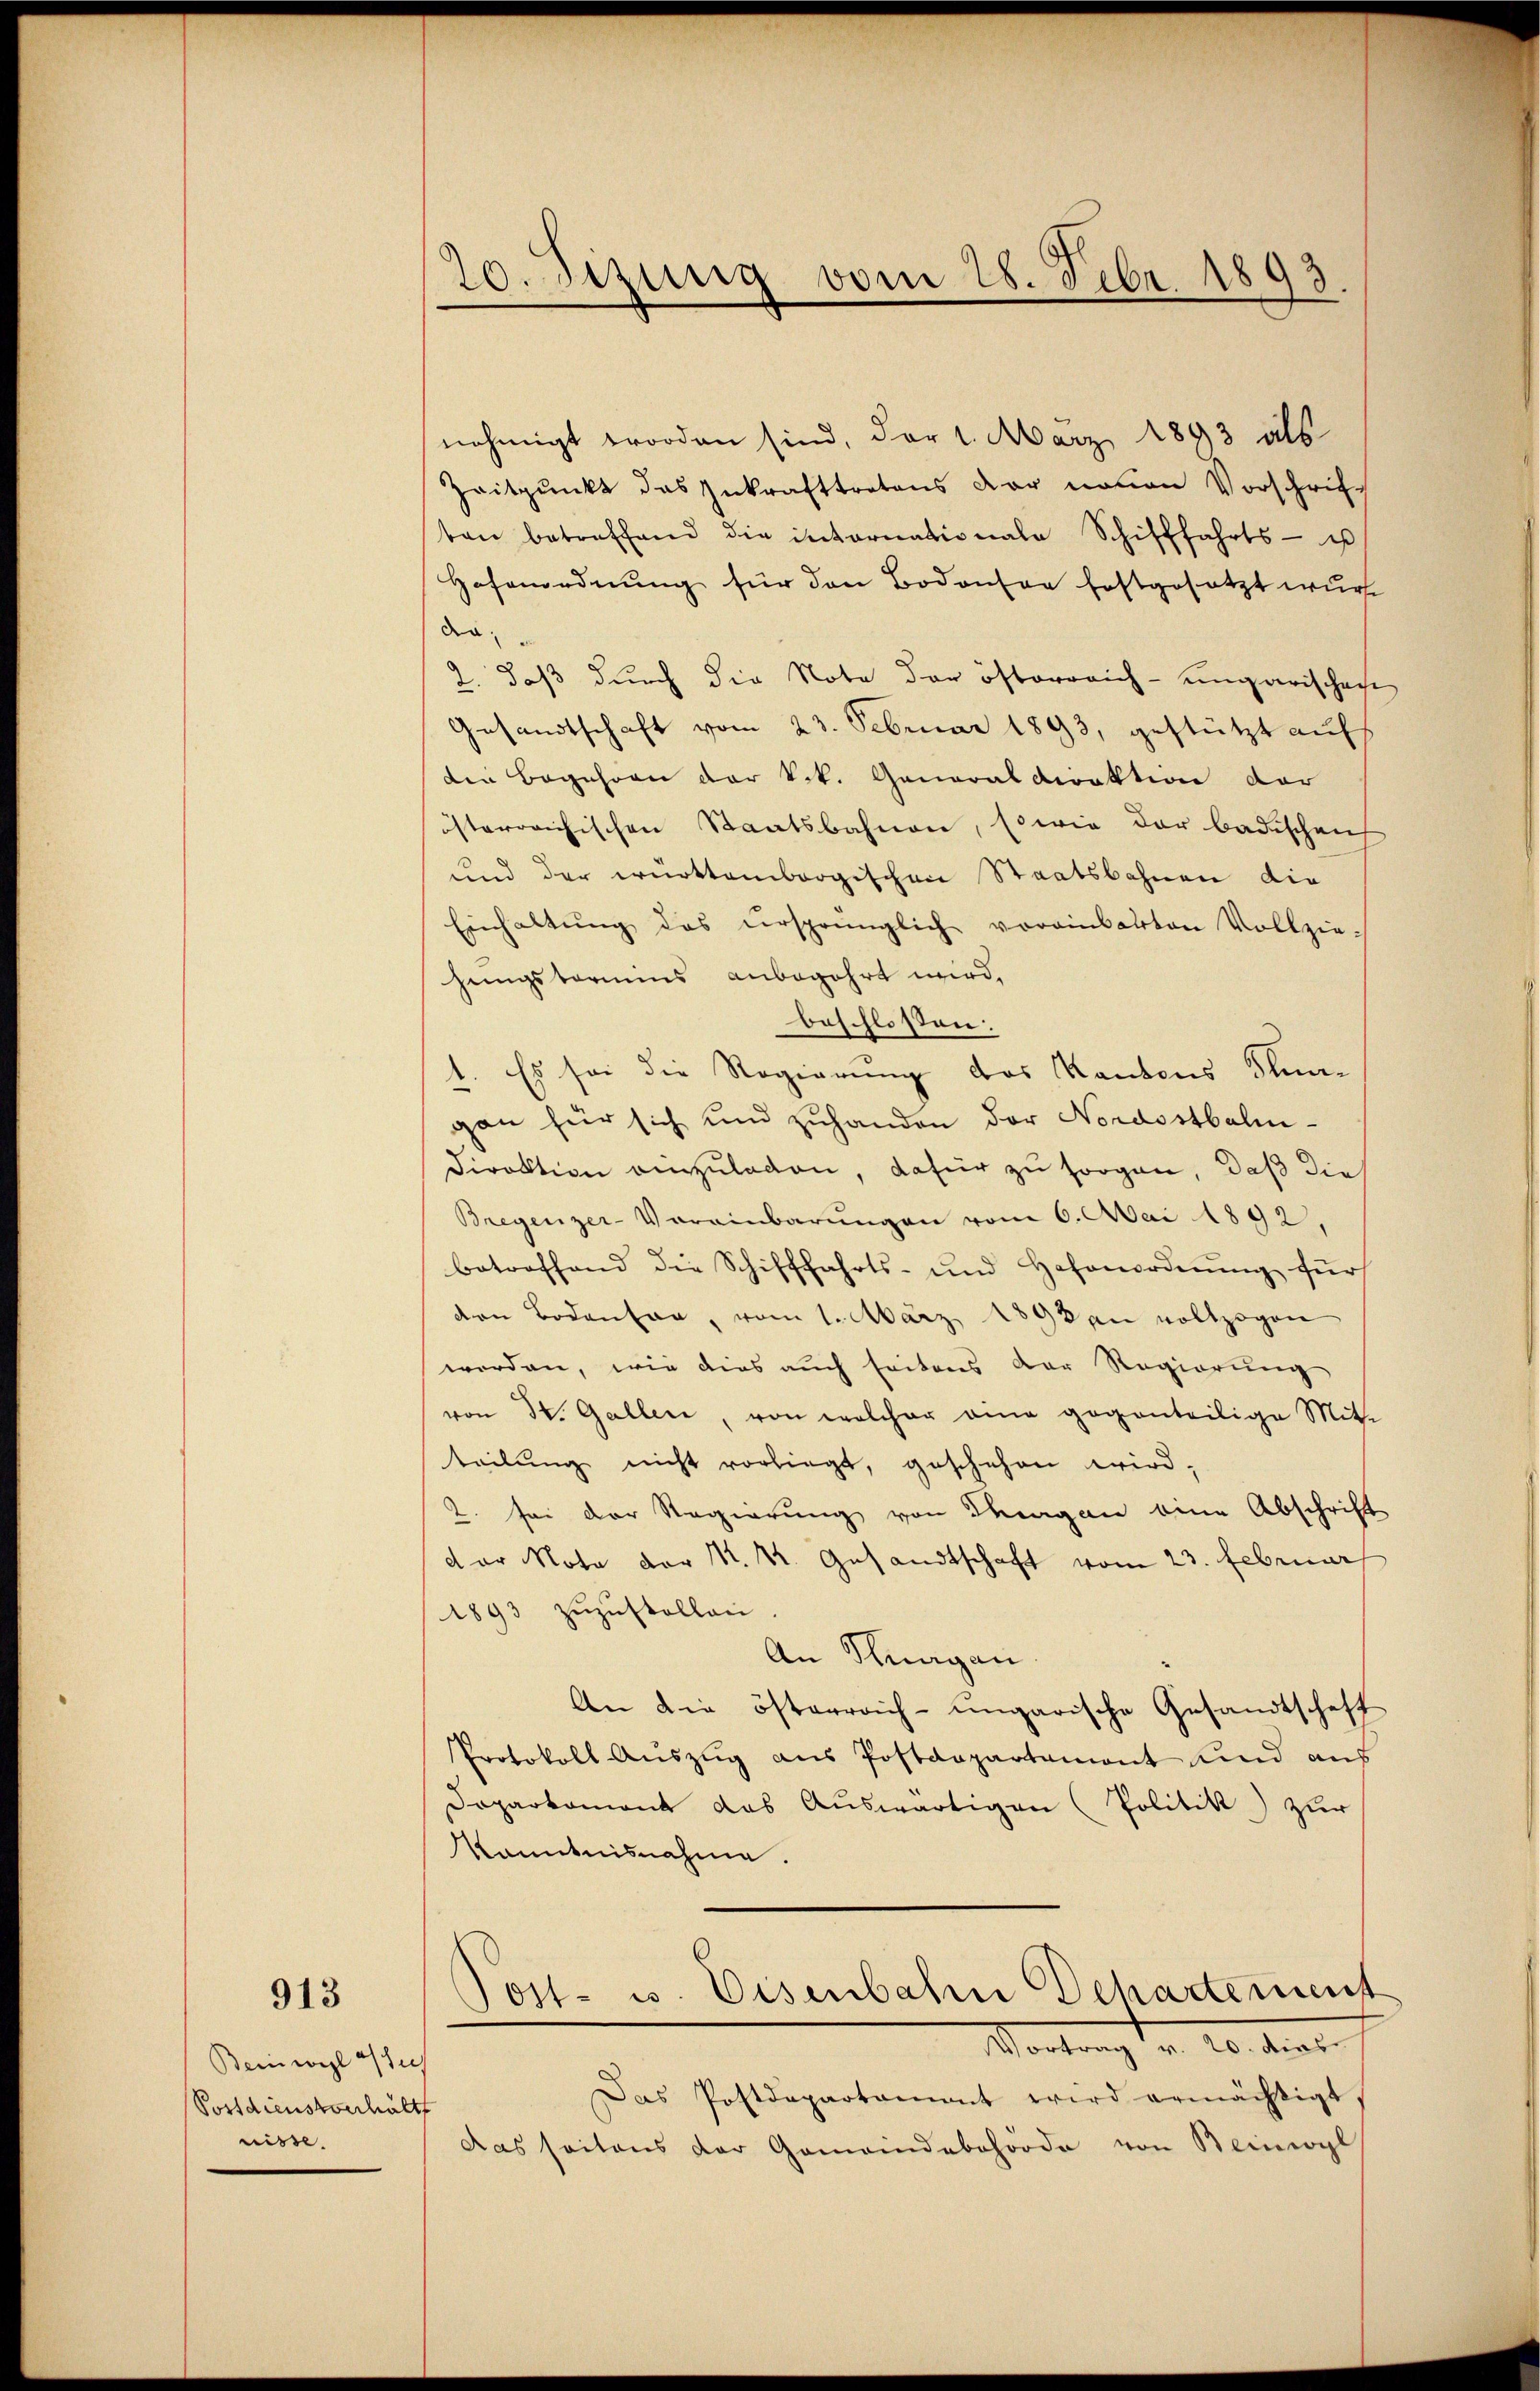
913

Beinweil a/See
Postdienstverhält
nibte. |

20. Jezung vom 28. Febr. 1893

nehmigt worden sind, der 1. März 1893 als
Zeitpunkt das Inkrafttretens der neuen Vorschrift
ten betreffend die internationale Schifffahrts- u
Hafenordnung für den Bodensee festgesetzt wur
die
2. daß durch die Note der österreich-ungarischeche
Gesandtschaft vom 23. Februar 1893, gestützt aufs
den Begehren der k.k. Generaldirektion der
österreichischen Staatsbahnen, sowie der badischen
und der württembergischen Staatsbahnen die
Einhaltŭng des ursprünglich voreinbarten Vollzie-
hungstermins anbegehrt wird,
beschlossen:
. Es sei die Regierung des Kantons Stragan für sich und zuhanden der Nordostbalm-
Direktion einzuladen, dafür zu sorgen, daß die
Bregenzer-Vereinbarŭngen vom 6. Mai 1892,
betreffend die Schifffahrts- und Hafenordnŭng für
den Bodenten, vom 1. März 1898 an vollzogen
worden, wie dies auch seitens der Regierung
von St. Gallen, von welcher am geganteilige Mit-
teilŭng nicht vorliegt, geschehen wird,
2. sei der Regierung von Tagen eine Abschrift
der Note der K. K. Gesandtschaft vom 23. Februar
1893 zŭzŭstellen
An Thurgau
An die österreich-ungarische Gesandtschaft
Protokoll Aŭszŭg aŭs Postdepartamont Kind aus
Daparkomant das Auswärtigen (Politik) zur
Kanntnisnahme.
Post- u. Eisenbahn Departement
VVortrag v. 20. dies
Das Postdepartament wird ermächtigt.
das seitens der Gemeindebehörde von Beinwyl